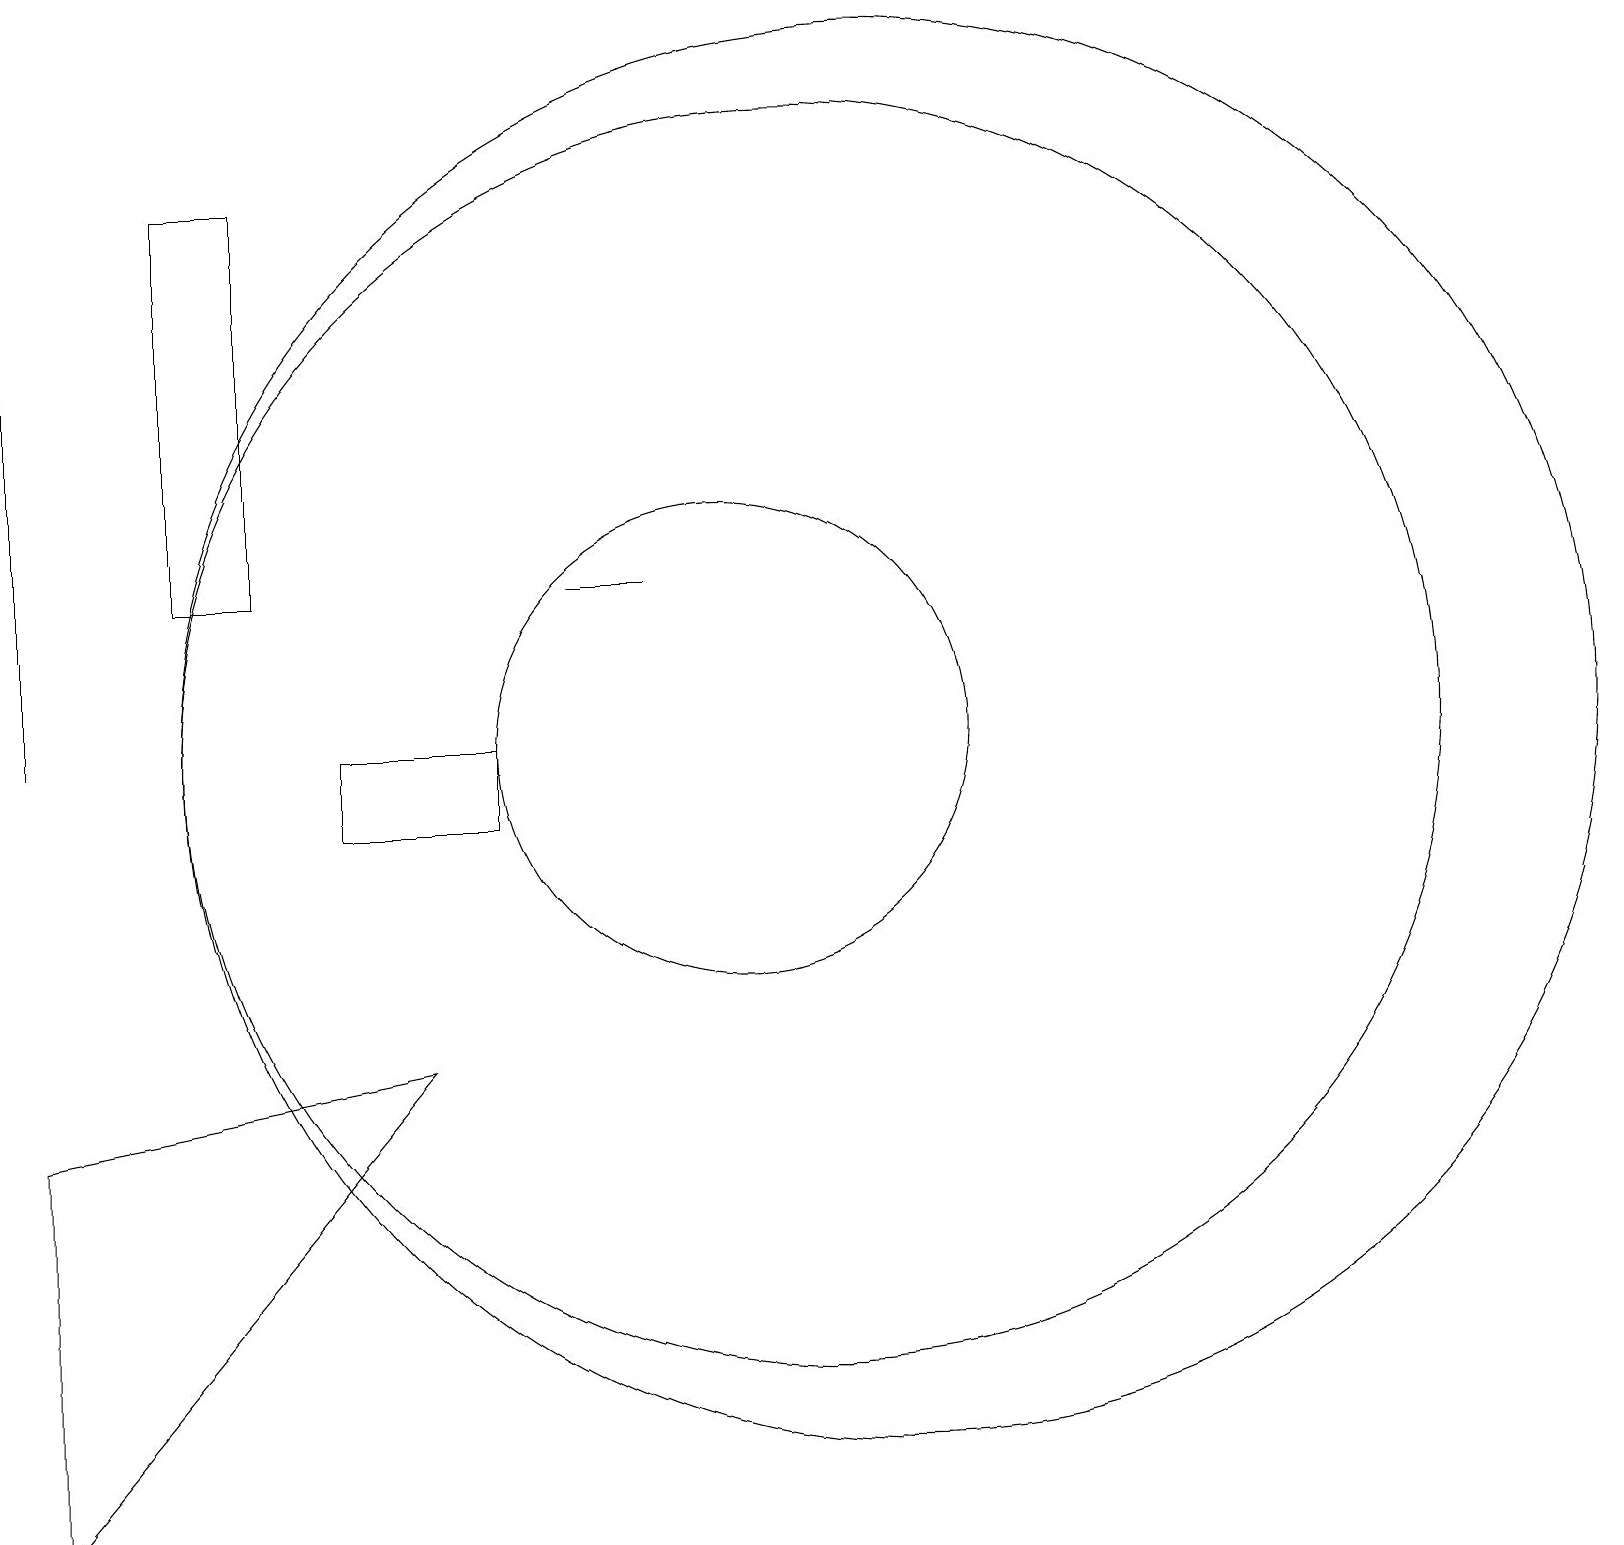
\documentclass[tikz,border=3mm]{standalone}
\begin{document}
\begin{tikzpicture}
\draw (4,13) rectangle (3,18);
\draw (10,11) circle (3);
\draw (12,11) circle (9);
\draw (9,13) rectangle (8,13);
\draw (1,11) rectangle (1,18);
\draw (1,6) -- (1,1) -- (6,7) -- cycle;
\draw (11,11) circle (8);
\draw (5,10) rectangle (7,11);
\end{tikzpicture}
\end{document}